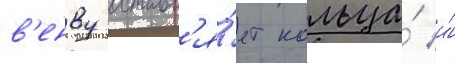
в'енву оставл'я́ет кольца́ и́